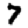
Digit: 7